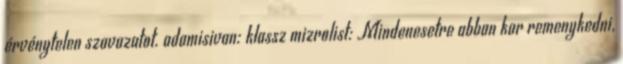
érvénytelen szavazatot. adamisivan: klassz mizrolist: Mindenesetre abban kar remenykedni,